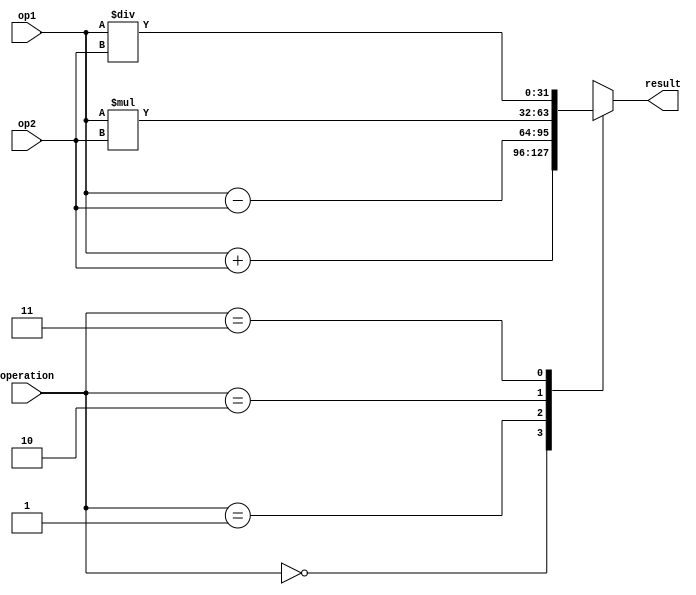
module fixed_point_fpu (
    input [31:0] op1,
    input [31:0] op2,
    input [1:0] operation,
    output reg [31:0] result
);

reg [31:0] sum, product, quotient;
reg [7:0] shift_amount;
reg [1:0] exe_operation;

always @(*) begin
    case (operation)
        2'b00: begin // Addition
            sum = op1 + op2;
            result = sum;
        end
        2'b01: begin // Subtraction
            sum = op1 - op2;
            result = sum;
        end
        2'b10: begin // Multiplication
            product = op1 * op2;
            result = product;
        end
        2'b11: begin // Division
            quotient = op1 / op2;
            result = quotient;
        end
        default: result = 0;
    endcase
end

endmodule